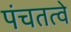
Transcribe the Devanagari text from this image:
पंचतत्वे